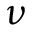
\nu